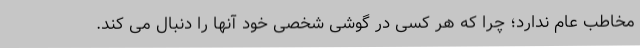
مخاطب عام ندارد؛ چرا که هر کسی در گوشی شخصی خود آنها را دنبال می کند.